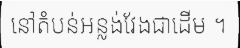
នៅតំបន់អន្លង់វែងជាដើម ។